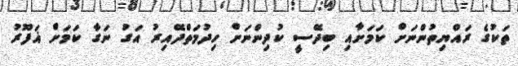
ތަކުގެ ރައްޔިތުންނަށް ކަމަށާއި ބިދޭސީ ކުދިންނަށް ހިދުމަތްދޭއިރު އަގު ނަގާ ކަމަށް ޣަފޫރު